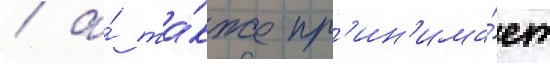
/ а́ та́кже пр'ин'има́ет